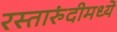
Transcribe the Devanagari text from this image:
रस्तारुंदीमध्ये